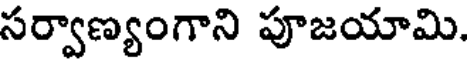
సర్వాణ్యంగాని పూజయామి.